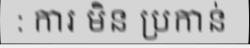
: ការ មិន ប្រកាន់